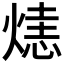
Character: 𤌷